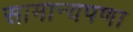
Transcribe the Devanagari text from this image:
सामान्यपणा